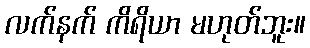
လက်နက် ကိရိယာ မဟုတ်ဘူး။